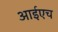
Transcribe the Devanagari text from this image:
आईएच